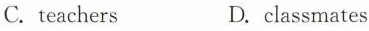
C.teachers D.classmates